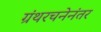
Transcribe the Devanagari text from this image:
ग्रंथरचनेनंतर